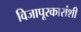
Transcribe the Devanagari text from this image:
विजापूरकारांशी